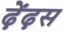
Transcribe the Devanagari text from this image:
ढ़ेंढ़स